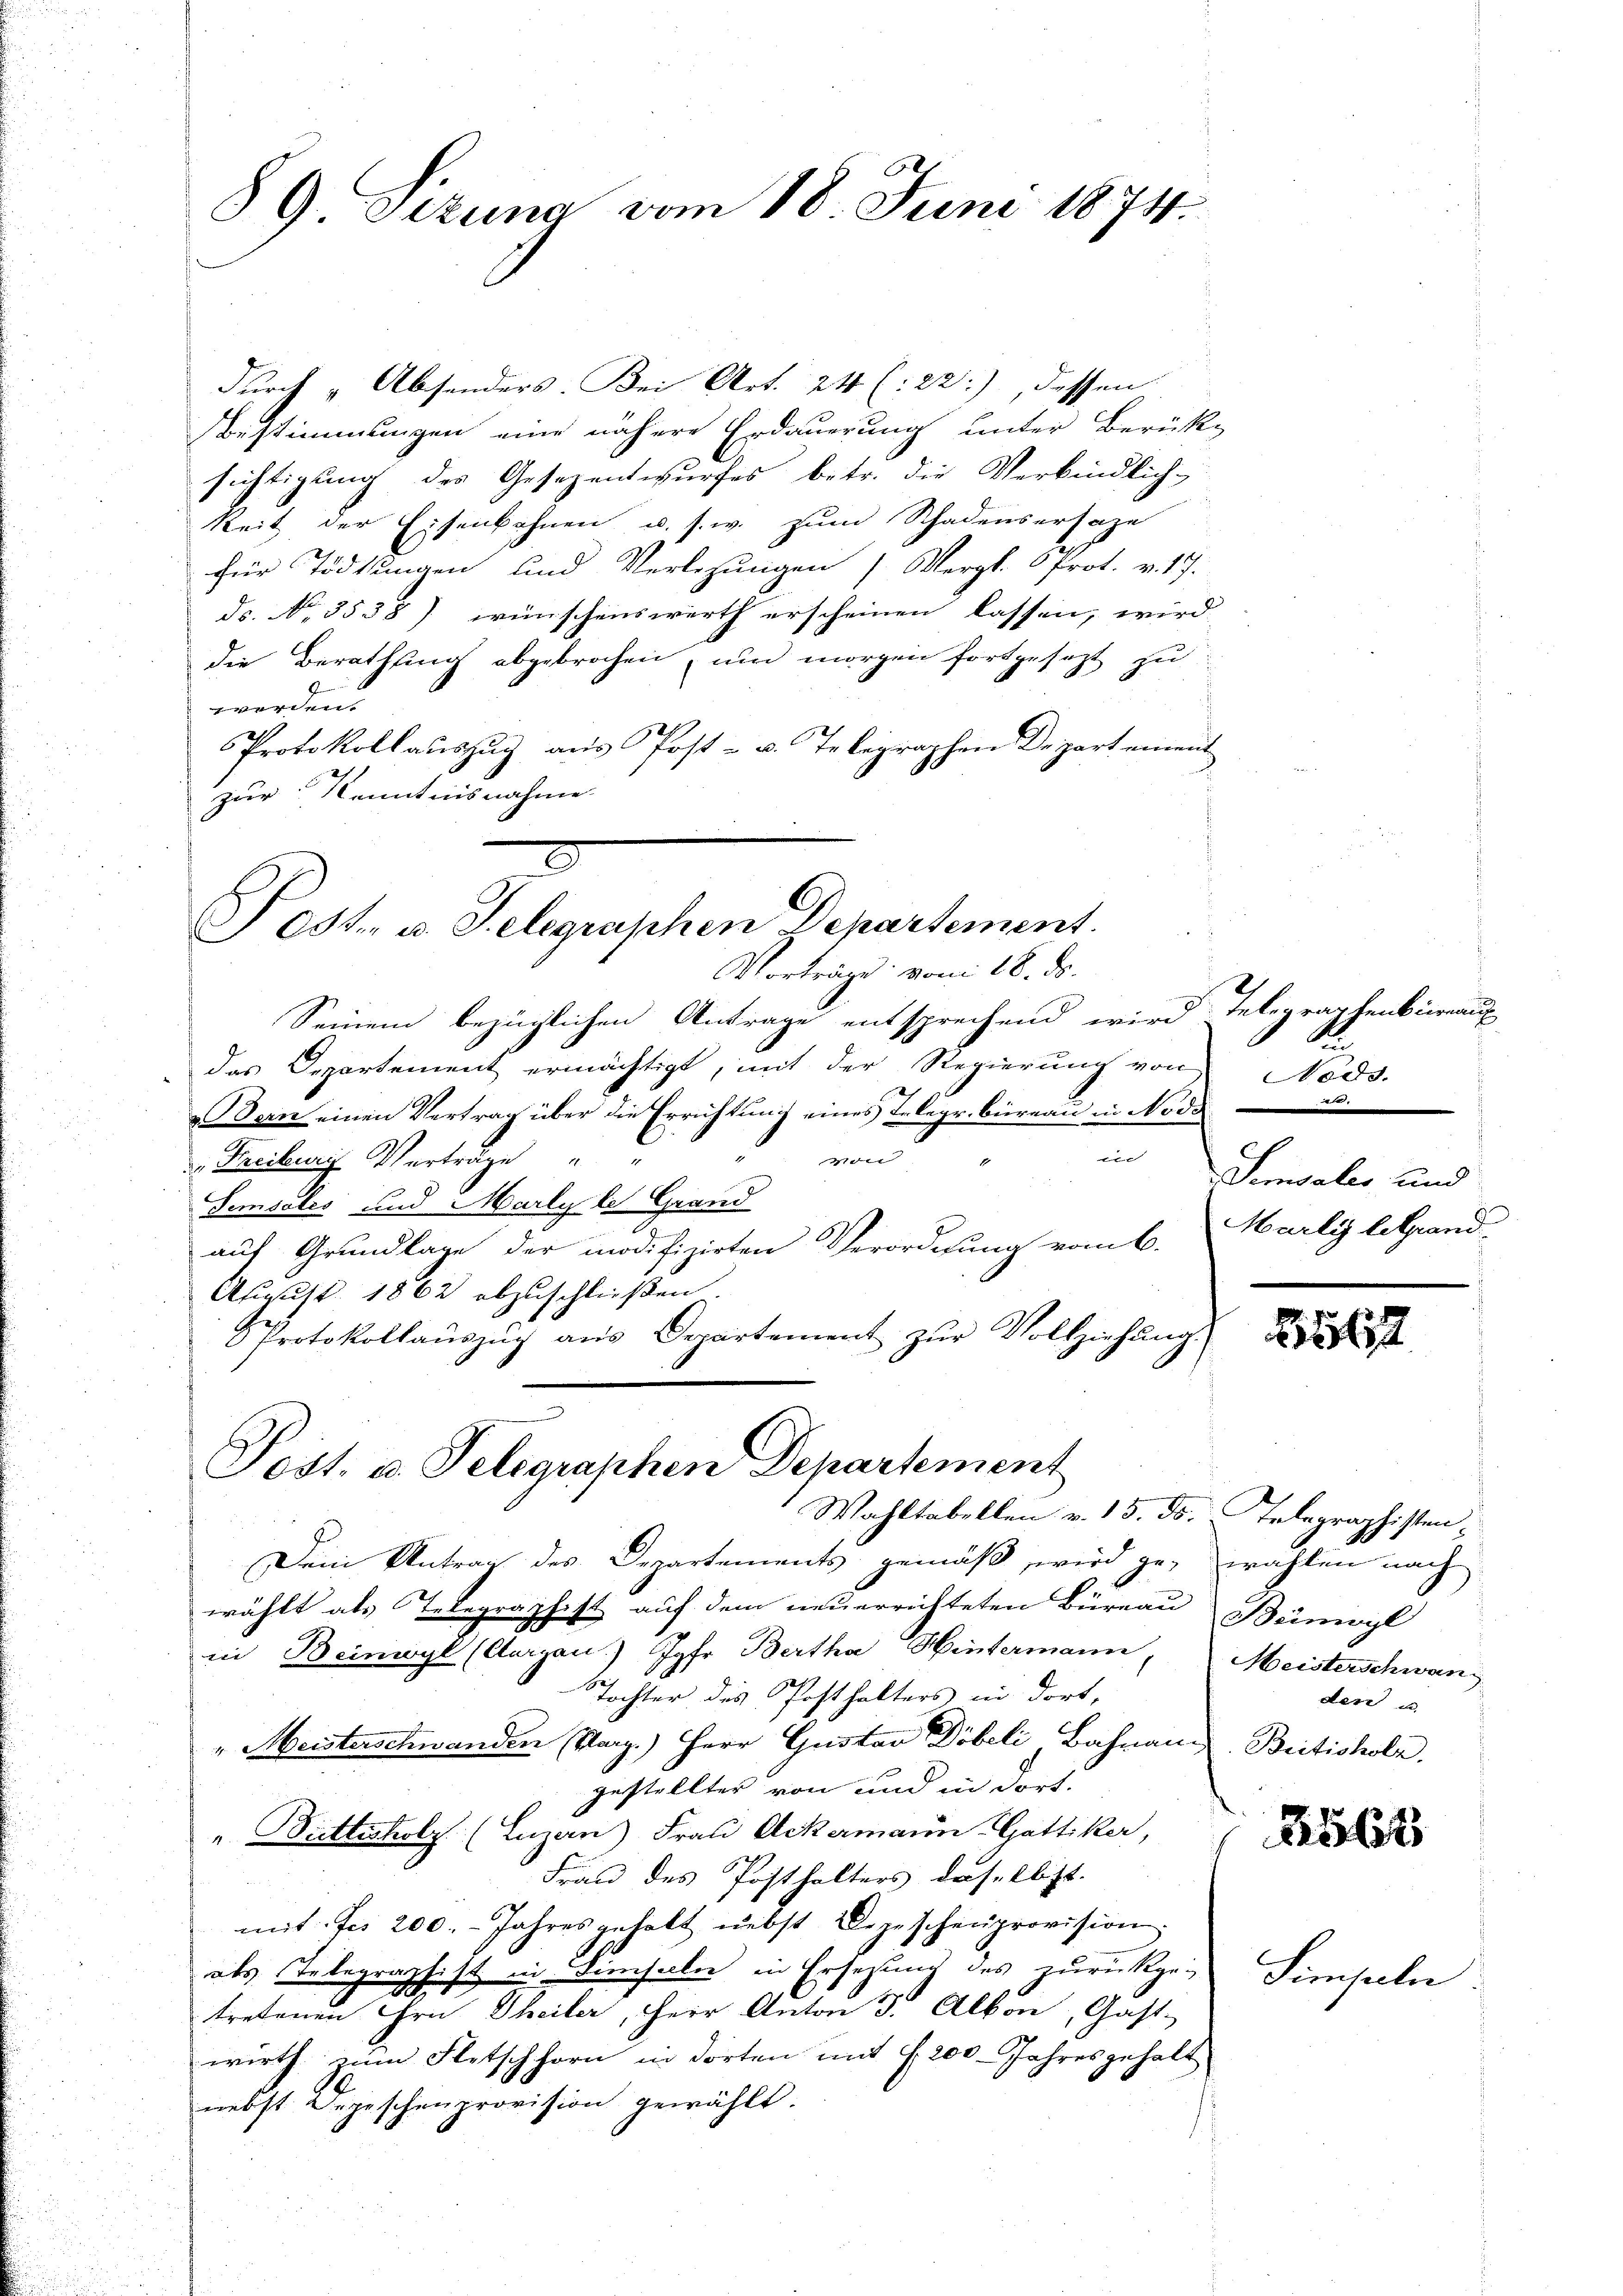
89. Sizung vom 18. Juni 1874.

durch u. Absonders. Bei Art. 24 (:22), dessen
Bestimmungen eine nähere Erdauerung unter Berück-
sichtigung des Gesezentwurfes betr. die Verbindlich-
keit der Eisenbahnen u. s. w. zum Schadensersage
für Tödtungen und Verlegungen Vergl. Prot. v. 17.
Fs. No 3538) wünschenswerth erscheinen lassen, wird
die Berathung abgebrochen, und morgen fortgesezt zu
worden
Protokollauszug aus Post- u. Telegraphen Departement
zur Kenntnisnahme
2

Fest. u. Telegraphen Departement.

Vorträge vom 18. ds.
Seinem bezüglichen Antrage entsprechend wird
das Departement ermächtigt, mit der Regierung von
Bern einen Vertrag über die Errichtung eines Telegr. Büreau in Nodo
til |
 |
"Freiburg Verträge
1
Semsoles und Marlyle Grand
2
auf Grundlage der modifizirten Verordnung vom 6.
August 1862 abzuschließen.
Protokollauszug aus Departement zur Vollziehung.
Wahltabellen v. 15. ds. Gelegraphisten,
Dein Antrag des Departements gemäß wird ge-
wählt als Telegraphist auf dem neuerrichteten Büreau Bümogl
in Beinwyl (Aargau.) Jgfr. Bertha Hintermann,
Tochter des Posthalters in dort,
" Meisterschwanden Marg.) Herr Gustav Döbeli, Bahnang Britisholz,
gestellter von und in dort.
" Bittscholz (Luzern) Frau Ackermann Gattiker,
Frau des Posthalters daselbst.
mit: Jes 200. - Jahres gehalt nebst Depeschenprovision;
als Telegraphist in Diensaler in Ersetzung des zurückgetretenen Ihre Theiler, Herr Anton 3. Alkon, Gast-
wirth zum Fletschhorn in dorten mit §. 200 Jahresgehalt
nebst Depeschenprovision gewählt.

Sost. u. Telegraphen Departement

2
d. Telegraphenberauf
Nods.
2
Sensaler und
Marliz letztand

562

wahlen nach
Meisterschwan
den u

256x

Simpeln